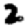
Digit: 2